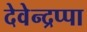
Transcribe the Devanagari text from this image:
देवेन्द्रप्पा